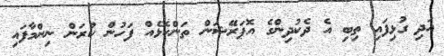
އަދި ގުޅިފައި ތިބި އެ ދެކުދިންގެ އޮޕަރޭޝަން ތަންކޮޅެއް ފަހުން ކުރަން ނިންމާފައި